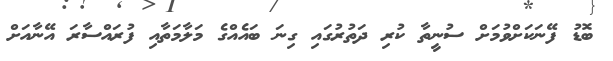
ބޮޑު ފޭނަކަށްވުމަށް ސުނީތާ ކުރި ދަތުރުގައި ގިނަ ބައެއްގެ މަލާމަތާއި ފުރައްސާރަ އޭނާއަށް